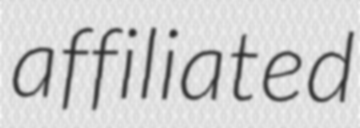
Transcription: affiliated